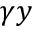
\gamma y